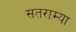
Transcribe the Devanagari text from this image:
सतराम्या